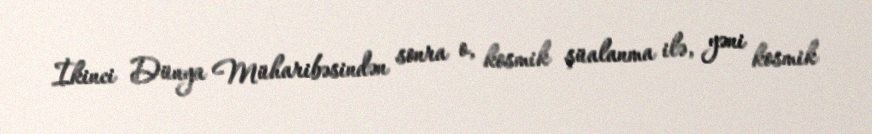
İkinci Dünya Müharibəsindən sonra o, kosmik şüalanma ilə, yəni kosmik